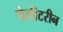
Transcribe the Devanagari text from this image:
पेलीटरीन